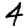
Digit: 4